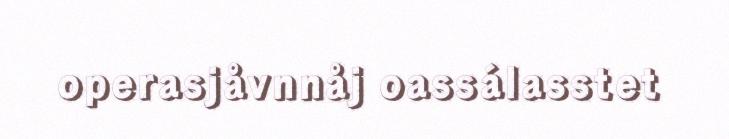
operasjåvnnåj oassálasstet